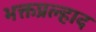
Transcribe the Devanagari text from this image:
भक्तप्रल्हाद